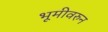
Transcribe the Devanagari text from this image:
भूमीवरुन